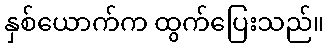
နှစ်ယောက်က ထွက်ပြေးသည်။